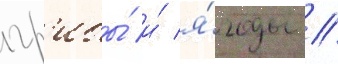
гр'ибы́ и́ я́годы //